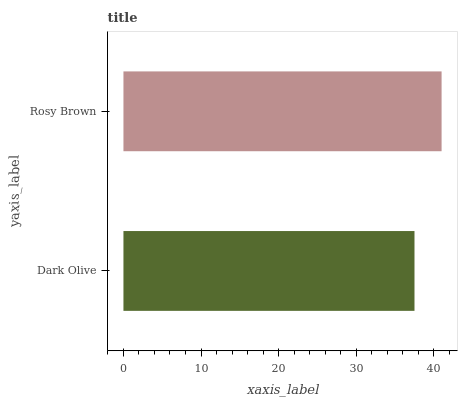
| yaxis_label | bars |
 | --- | --- |
 | Dark Olive | 37.5 |
 | Rosy Brown | 41 |